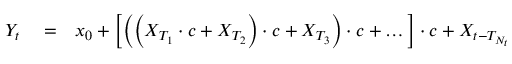
\begin{array} { r l r } { Y _ { t } } & { { } = } & { x _ { 0 } + \left[ \left( \left( X _ { T _ { 1 } } \cdot c + X _ { T _ { 2 } } \right) \cdot c + X _ { T _ { 3 } } \right) \cdot c + \dots \right] \cdot c + X _ { t - T _ { N _ { t } } } } \end{array}